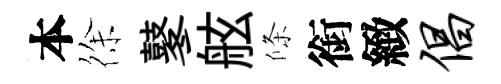
本徐鼕舷條銜緻倡